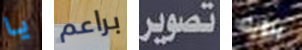
يا براعم تصوير برؤيته